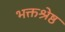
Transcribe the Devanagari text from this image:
भक्तश्रेष्ठ